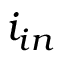
i _ { i n }